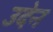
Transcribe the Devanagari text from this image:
उदेन